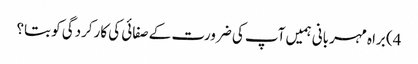
4) براہ مہربانی ہمیں آپ کی ضرورت کے صفائی کی کارکردگی کو بتا؟